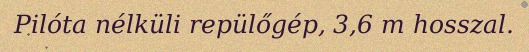
Pilóta nélküli repülőgép, 3,6 m hosszal.